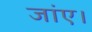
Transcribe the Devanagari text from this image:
जांए।